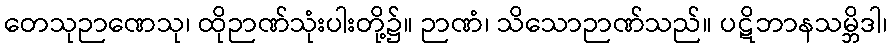
တေသုဉာဏေသု၊ ထိုဉာဏ်သုံးပါးတို့၌။ ဉာဏံ၊ သိသောဉာဏ်သည်။ ပဋိဘာနသမ္ဘိဒါ၊